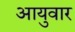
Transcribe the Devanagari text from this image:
आयुवार